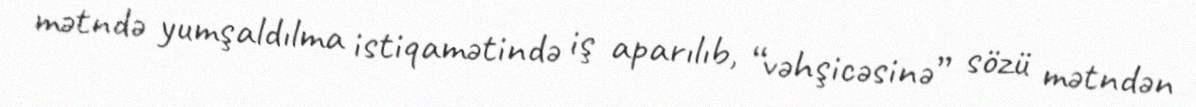
mətndə yumşaldılma istiqamətində iş aparılıb, “vəhşicəsinə” sözü mətndən